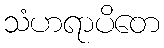
သံဟရာပိတေ